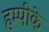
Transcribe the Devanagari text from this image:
हम्पीके